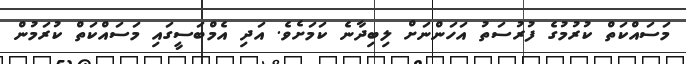
މަސައްކަތް ކުރުމުގެ ފުރުސަތު އަހަންނަށް ލިބިދާނެ ކަމަށެވެ. އަދި އެމްބަސީގައި މަސައްކަތް ކުރަމުން